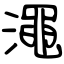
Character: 澠